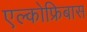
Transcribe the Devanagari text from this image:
एल्कोफ्रिबास